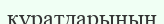
құратдарының